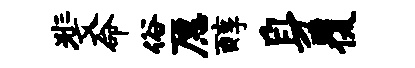
斐命俗愿醇身覆